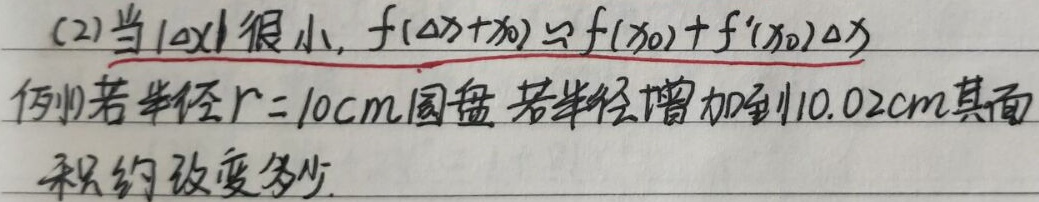
(2) 当\(\vert\Delta x\vert\)很小，有
\[f(\Delta x + x_0)\approx f(x_0)+f'(x_0)\Delta x\]
例：若半径\(r = 10cm\)的圆盘，若半径增加到\(10.02cm\)，其面积约改变多少.